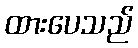
ထားပေသည်